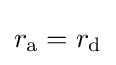
r_{\text{a}}=r_{\text{d}}